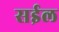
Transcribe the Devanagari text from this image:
सईल